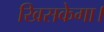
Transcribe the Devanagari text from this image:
खिसकेगा।